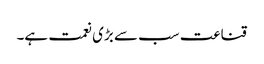
قناعت سب سے بڑی نعمت ہے۔